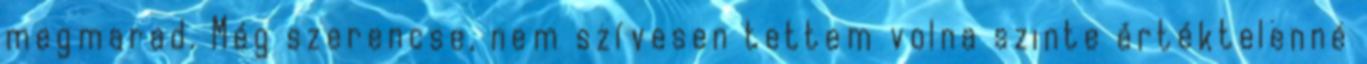
megmarad. Még szerencse, nem szívesen tettem volna szinte értéktelenné